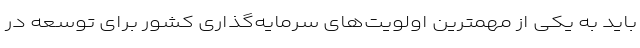
باید به یکی از مهمترین اولویت‌های سرمایه‌گذاری کشور برای توسعه در